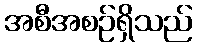
အစီအစဉ်ရှိသည်